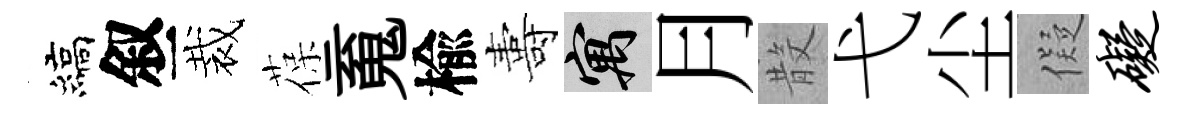
縞叙裁葆䰟楡夀寓月𣪚弋尘儗碍